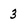
Character: 3